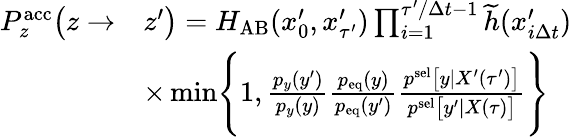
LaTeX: \begin{array}{rl}{P_{z}^{\mathrm{acc}}\bigl(z\to}&{z^{\prime}\bigr)=H_{\mathrm{AB}}(x_{0}^{\prime},x_{\tau^{\prime}}^{\prime})\prod_{i=1}^{\tau^{\prime}/\Delta t-1}\widetilde{h}(x_{i\Delta t}^{\prime})}\\ &{\times\operatorname*{min}\Biggl\{ 1,\frac{p_{y}(y^{\prime})}{p_{y}(y)}\frac{p_{\mathrm{eq}}(y)}{p_{\mathrm{eq}}(y^{\prime})}\frac{p^{\mathrm{sel}}\bigl[y|X^{\prime}(\tau^{\prime})\bigr]}{p^{\mathrm{sel}}\bigl[y^{\prime}|X(\tau)\bigr]}\Biggr\} }\end{array}